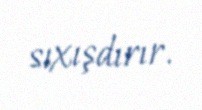
sıxışdırır.